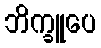
ဘိက္ခူပေ